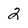
Character: 2